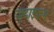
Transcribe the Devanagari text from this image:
जूदाइज़्म